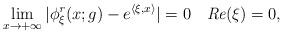
LaTeX: \begin{align*}\lim_{x\to +\infty} | \phi^{\emph{r}}_{\xi }(x;g)- e^{\langle \xi, x\rangle} | =0 \quad\emph{Re}(\xi)=0,\end{align*}